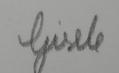
Signature authenticity: forged